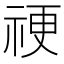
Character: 𥙴